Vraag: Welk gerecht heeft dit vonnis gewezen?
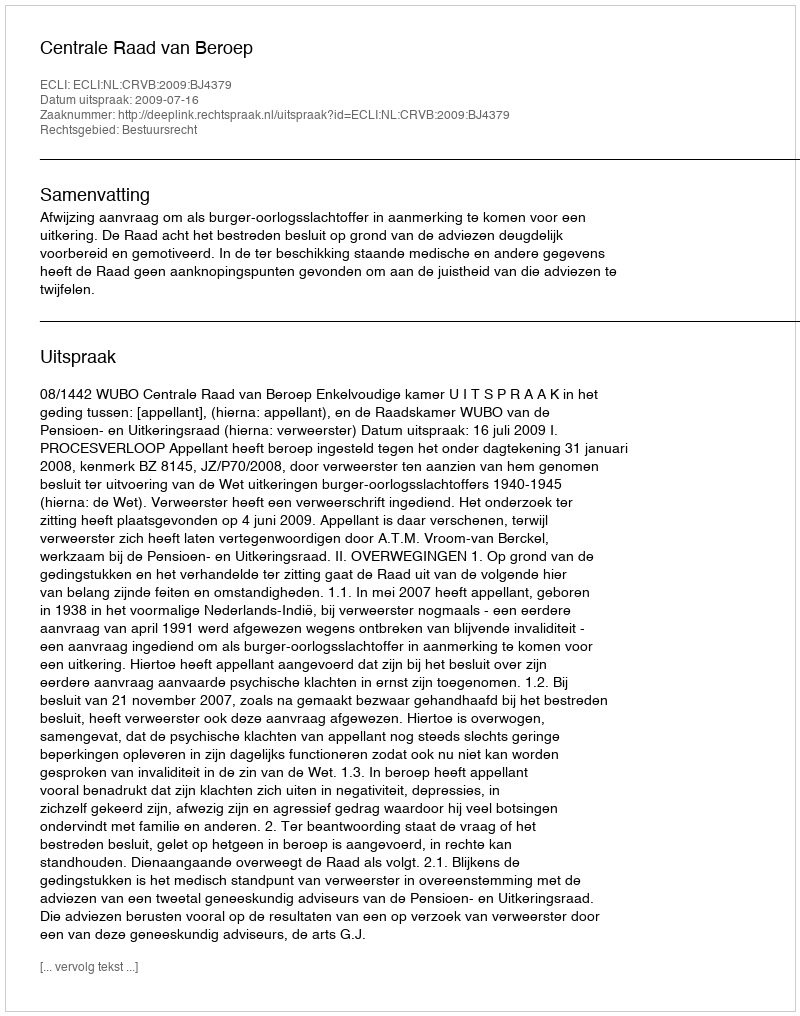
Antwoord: Centrale Raad van Beroep